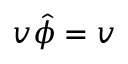
v \boldsymbol { \hat { \phi } } = \boldsymbol { v }